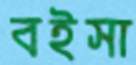
বইসা